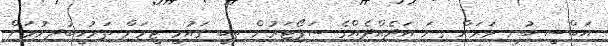
އަބްސީ ބުނީ ވަރަށް ގިނަ އަދެއްދެއްގެ ސަޕޯޓަރުން ތިބީ ގައުމީ ޓީމަށް ތަރުހީބުދިނުމަށް